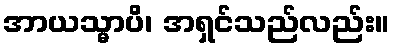
အာယသ္မာပိ၊ အရှင်သည်လည်း။